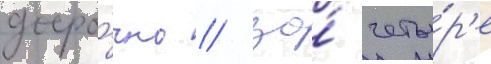
досро́чно / за́ четы́р'е